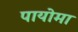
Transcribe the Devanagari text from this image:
पायोमा